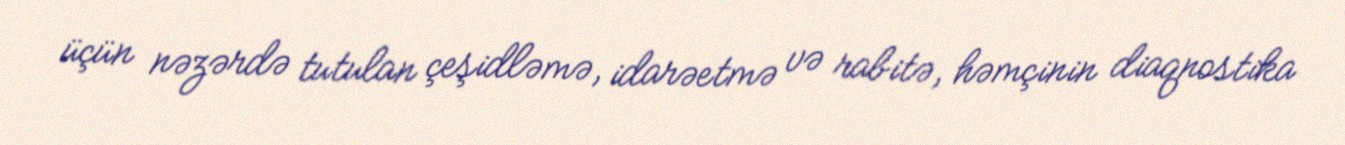
üçün nəzərdə tutulan çeşidləmə, idarəetmə və rabitə, həmçinin diaqnostika